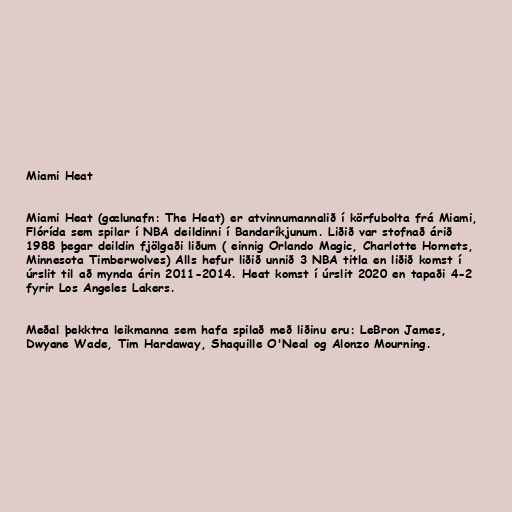
Miami Heat

Miami Heat (gælunafn: The Heat) er atvinnumannalið í körfubolta frá Miami,
Flórída sem spilar í NBA deildinni í Bandaríkjunum. Liðið var stofnað árið
1988 þegar deildin fjölgaði liðum ( einnig Orlando Magic, Charlotte Hornets,
Minnesota Timberwolves) Alls hefur liðið unnið 3 NBA titla en liðið komst í
úrslit til að mynda árin 2011-2014. Heat komst í úrslit 2020 en tapaði 4-2
fyrir Los Angeles Lakers.

Meðal þekktra leikmanna sem hafa spilað með liðinu eru: LeBron James,
Dwyane Wade, Tim Hardaway, Shaquille O'Neal og Alonzo Mourning.